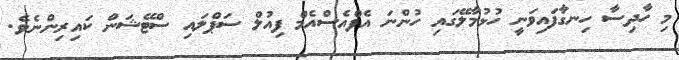
މި ހާދިސާ ހިނގާފައިވަނީ ހުޅުމާލޭގައި ހުންނަ އެފްއެސްއެމް ފިއުލް ސަޕްލައި ސްޓޭޝަން ކައިރިންނެވެ.